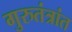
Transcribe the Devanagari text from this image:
गुरुतंत्रांत